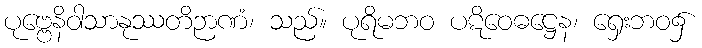
ပုဗ္ဗေနိဝါသာနုဿတိဉာဏံ၊ သည်။ ပုရိမဘဝ ပဋိဝေဓဋ္ဌေန၊ ရှေးဘဝ၌